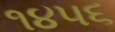
૧૪૫૬